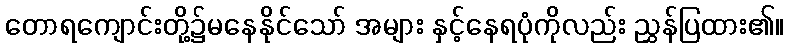
တောရကျောင်းတို့၌မနေနိုင်သော် အများ နှင့်နေရပုံကိုလည်း ညွှန်ပြထား၏။